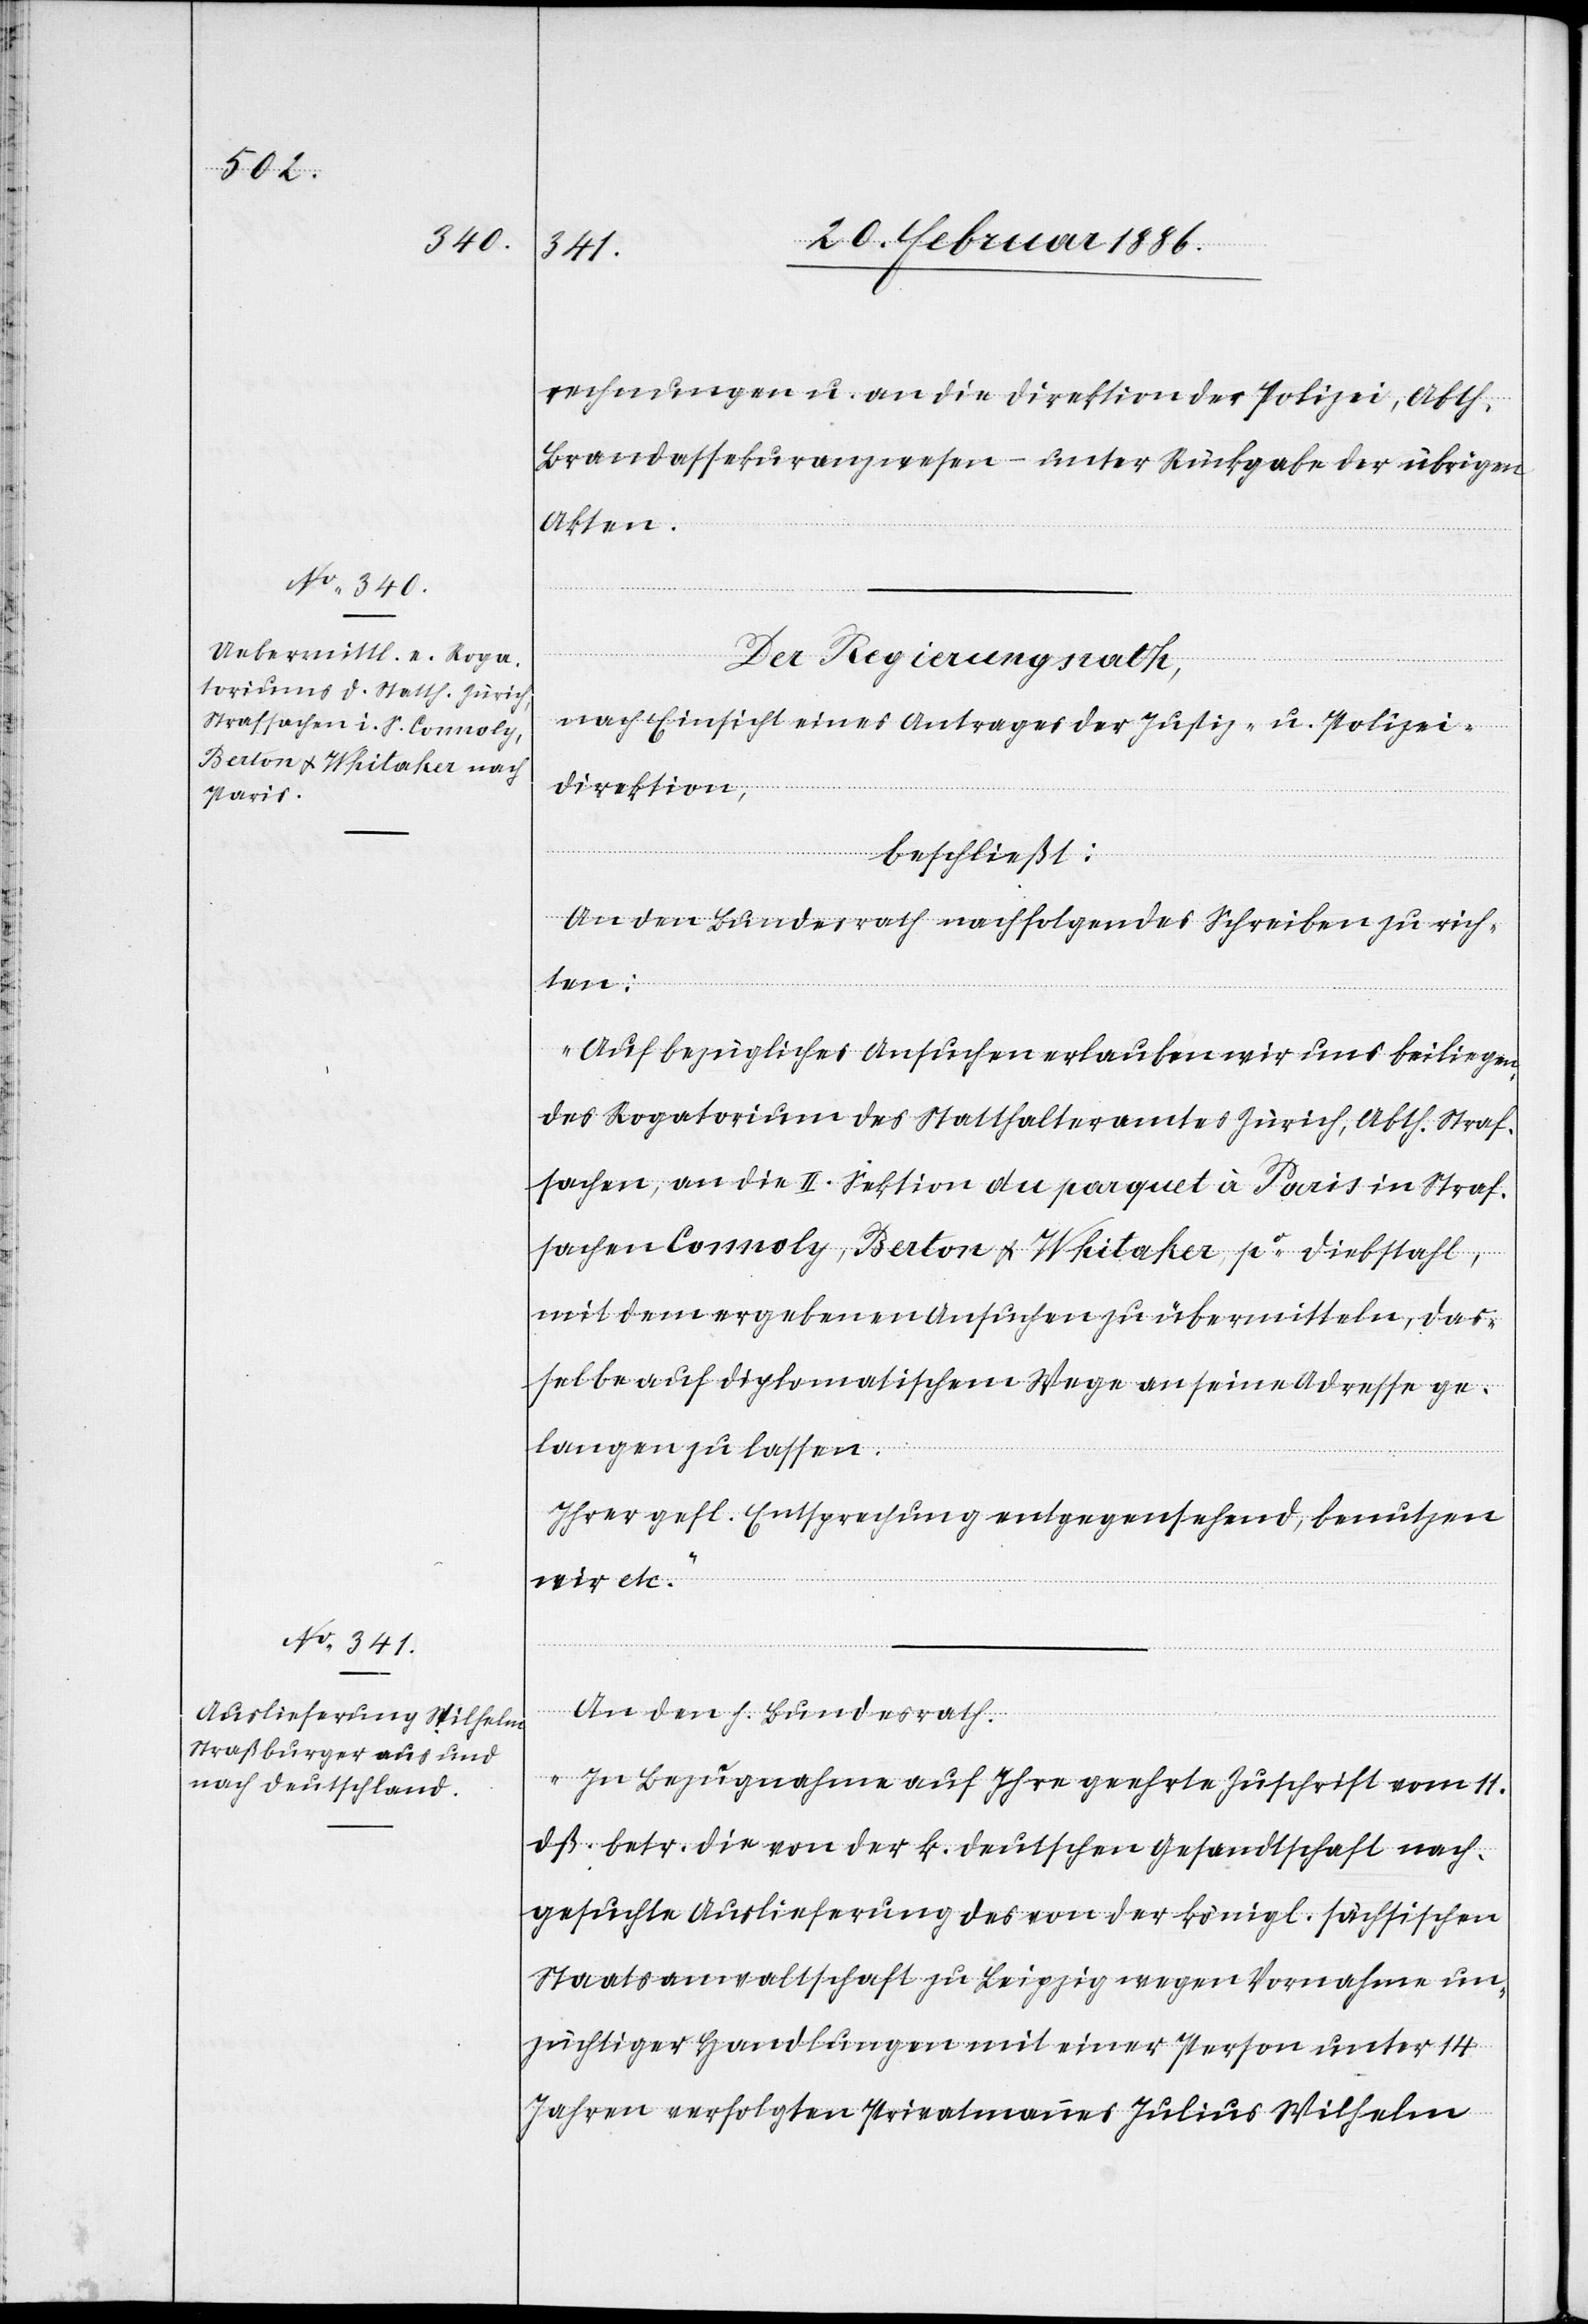
rechnungen u. an die Direktion der Polizei, Abth.
Brandassekuranzwesen – unter Rückgabe der übrigen
Akten.
Der Regierungsrath,
nach Einsicht eines Antrages der Justiz- u. Polizei¬
direktion,
beschließt:
An den Bundesrath nachfolgendes Schreiben zu rich¬
ten:
„Auf bezügliches Ansuchen erlauben wir uns beiliegen¬
des Rogatorium des Statthalteramtes Zürich, Abth. Straf¬
sachen, an die II. Sektion du parquet à Paris in Straf¬
sachen Connoly, Berton & Whitaker, po. Diebstahl,
mit dem ergebenen Ansuchen zu übermitteln, das¬
selbe auf diplomatischen Wege an seine Adresse ge¬
langen zu lassen.
Ihrer gefl. Entsprechung entgegensehend, benutzen
wir etc.“
An den Bundesrath.
„In Bezugnahme auf Ihre geehrte Zuschrift vom 11.
dß. betr. die von der k. deutschen Gesandtschaft nach¬
gesuchte Auslieferung des von der königl. sächsischen
Staatsanwaltschaft zu Leipzig wegen Vornahme un¬
züchtiger Handlungen mit einer Person unter 14
Jahren verfolgten Privatmannes Julius Wilhelm